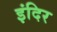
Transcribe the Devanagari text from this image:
इंदिर